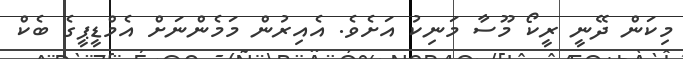
މިކަން ދޭނީ ރީކޯ މޫސާ މަނިކު އަށެެވެ. އެއިރުން މަމެންނަށް އެމްޑީޕީގެ ބެކް